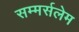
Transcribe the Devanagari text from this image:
सम्मर्सलेम